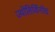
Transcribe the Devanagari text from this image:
ज्योतिर्विनोद